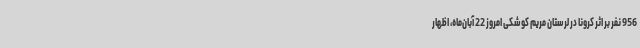
956 نفر بر اثر کرونا در لرستان مریم کوشکی امروز 22 آبان‌ماه، اظهار